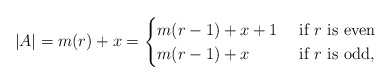
\begin{align*}|A|= m(r)+x= \begin{cases} m(r-1)+x+1 & \textnormal{ if }r\textnormal{ is even}\\m(r-1)+x & \textnormal{ if }r\textnormal{ is odd},\end{cases}\end{align*}